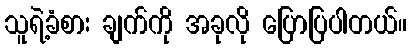
သူရဲ့ခံစား ချက်ကို အခုလို ပြောပြပါတယ်။